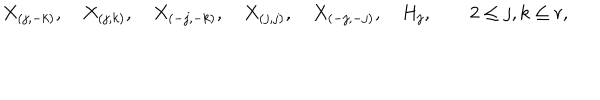
X _ { ( j , - k ) } , \quad X _ { ( j , k ) } , \quad X _ { ( - j , - k ) } , \quad X _ { ( j , j ) } , \quad X _ { ( - j , - j ) } , \quad H _ { j } , \qquad 2 \leq j , k \leq r ,